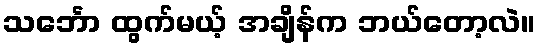
သင်္ဘော ထွက်မယ့် အချိန်က ဘယ်တော့လဲ။